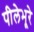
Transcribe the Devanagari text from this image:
पीलेभूरे